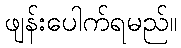
ဖျန်းပေါက်ရမည်။